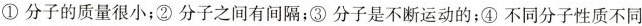
①分子的质量很小；②分子之间有间隔；③分子是不断运动的；④不同分子性质不同